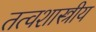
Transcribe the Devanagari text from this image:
तत्वशास्त्रीय